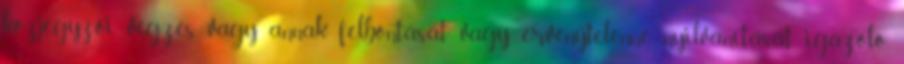
közjegyzői végzés, vagy annak felbontását vagy érvénytelenné nyilvánítását igazoló